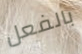
بالفعل